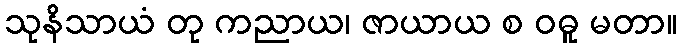
သုနိသာယံ တု ကညာယ၊ ဇာယာယ စ ဝဓူ မတာ။